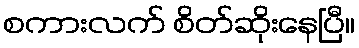
စကားလက် စိတ်ဆိုးနေပြီ။